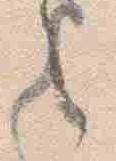
々